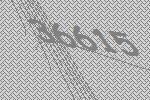
36615